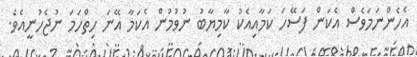
އެހެންނަމަވެސް އެކަން ފަސޭހަ ކަމާއިއެކު ކާމިޔާބު ނުވުމުން އެކަމާ އޭނަ ހިތްހަމަ ނުޖެހުނީއެވެ.